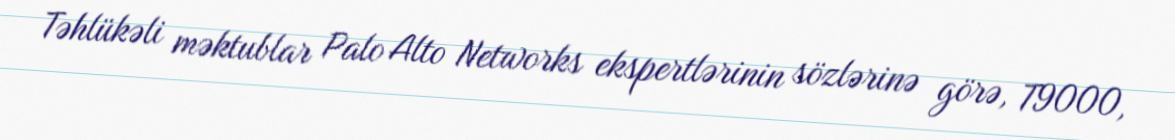
Təhlükəli məktublar Palo Alto Networks ekspertlərinin sözlərinə görə, T9000,